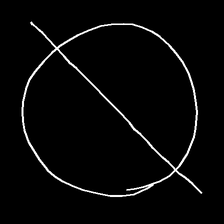
Glyph: orb